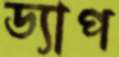
ড্যাপ